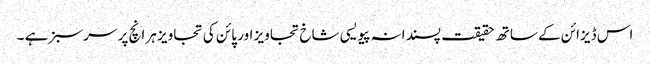
اس ڈیزائن کے ساتھ حقیقت پسندانہ پیویسی شاخ تجاویز اور پائن کی تجاویز ہر انچ پر سرسبز ہے ۔